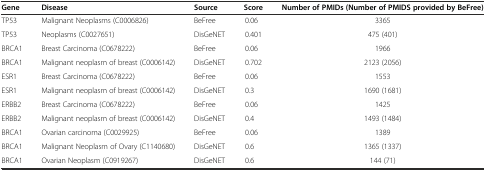
<table><thead><tr><td><b>Gene</b></td><td><b>Disease</b></td><td><b>Source</b></td><td><b>Score</b></td><td><b>Number of PMIDs (Number of PMIDS provided by BeFree)</b></td></tr></thead><tbody><tr><td>TP53</td><td>Malignant Neoplasms (C0006826)</td><td>BeFree</td><td>0.06</td><td>3365</td></tr><tr><td>TP53</td><td>Neoplasms (C0027651)</td><td>DisGeNET</td><td>0.401</td><td>475 (401)</td></tr><tr><td>BRCA1</td><td>Breast Carcinoma (C0678222)</td><td>BeFree</td><td>0.06</td><td>1966</td></tr><tr><td>BRCA1</td><td>Malignant neoplasm of breast (C0006142)</td><td>DisGeNET</td><td>0.702</td><td>2123 (2056)</td></tr><tr><td>ESR1</td><td>Breast Carcinoma (C0678222)</td><td>BeFree</td><td>0.06</td><td>1553</td></tr><tr><td>ESR1</td><td>Malignant neoplasm of breast (C0006142)</td><td>DisGeNET</td><td>0.3</td><td>1690 (1681)</td></tr><tr><td>ERBB2</td><td>Breast Carcinoma (C0678222)</td><td>BeFree</td><td>0.06</td><td>1425</td></tr><tr><td>ERBB2</td><td>Malignant neoplasm of breast (C0006142)</td><td>DisGeNET</td><td>0.4</td><td>1493 (1484)</td></tr><tr><td>BRCA1</td><td>Ovarian carcinoma (C0029925)</td><td>BeFree</td><td>0.06</td><td>1389</td></tr><tr><td>BRCA1</td><td>Malignant Neoplasm of Ovary (C1140680)</td><td>DisGeNET</td><td>0.6</td><td>1365 (1337)</td></tr><tr><td>BRCA1</td><td>Ovarian Neoplasm (C0919267)</td><td>DisGeNET</td><td>0.6</td><td>144 (71)</td></tr></tbody></table>